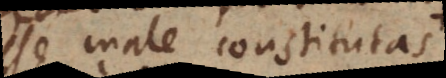
esse male constitutas.